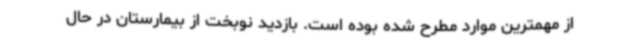
از مهمترین موارد مطرح شده بوده است. بازدید نوبخت از بیمارستان در حال